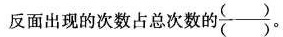
反面出现的次数占总次数的\frac {} {}。